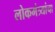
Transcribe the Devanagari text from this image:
लोकमंत्र्यांचा